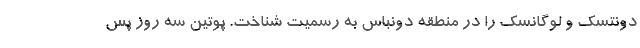
دونتسک و لوگانسک را در منطقه دونباس به رسمیت شناخت. پوتین سه روز پس